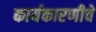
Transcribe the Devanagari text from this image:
कार्यकारणीचे